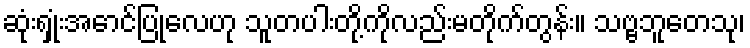
ဆုံးရှုံးအောင်ပြုလေဟု သူတပါးတို့ကိုလည်းမတိုက်တွန်း။ သဗ္ဗဘူတေသု၊